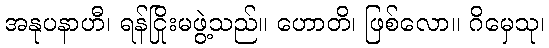
အနုပနာဟီ၊ ရန်ငြိုးမဖွဲ့သည်။ ဟောတိ၊ ဖြစ်လော။ ဂိမှေသု၊